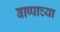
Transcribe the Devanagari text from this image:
बाष्पाच्या